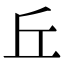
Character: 丘